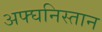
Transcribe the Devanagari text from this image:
अफ्घनिस्तान